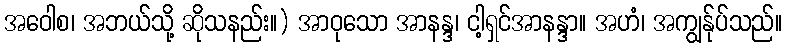
အဝေါစ၊ အဘယ်သို့ ဆိုသနည်း။) အာဝုသော အာနန္ဒ၊ ငါ့ရှင်အာနန္ဒာ။ အဟံ၊ အကျွန်ုပ်သည်။